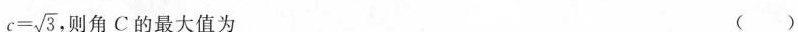
$$c = \sqrt { 3 }$$ ，则角C的最大值为 ( )